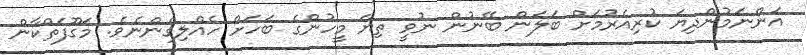
އަންނަމުންދިޔަ ކުރިއެރުމަށް ބަލަން ބޭނުން ނުވީ ތިޔަ މީހުންގެ ބަހަށް ހެއްލިގެންނެވެ. މަގޫފަތްކާން